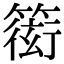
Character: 𥲋